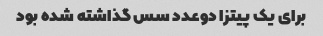
برای یک پیتزا دوعدد سس گذاشته شده بود